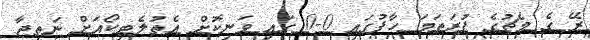
ރޭ ގެ މެޗުގެ ފުރަތަމަ ހާފުގައި 0-0 ގައި ވަނިކޮށް އެތުލެޓިކޯއަށް ނަތީޖާ